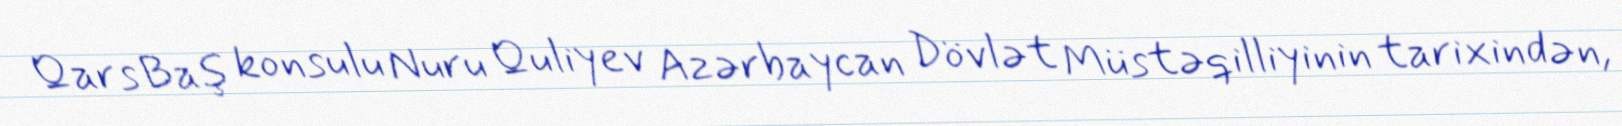
Qars Baş konsulu Nuru Quliyev Azərbaycan Dövlət Müstəqilliyinin tarixindən,